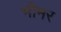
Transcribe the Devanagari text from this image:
भीमर